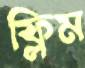
ফ্লিম